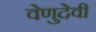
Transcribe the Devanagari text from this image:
वेणुदेवी